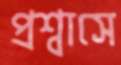
প্রশ্বাসে